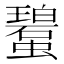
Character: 𧓮